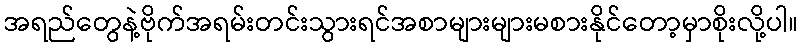
အရည်တွေနဲ့ဗိုက်အရမ်းတင်းသွားရင်အစာများများမစားနိုင်တော့မှာစိုးလို့ပါ။